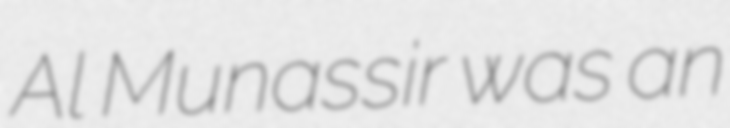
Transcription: Al Munassir was an